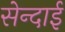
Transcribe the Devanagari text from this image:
सेन्दाई